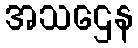
အသဌေန